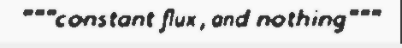
"""constant flux , and nothing"""